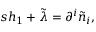
s h _ { 1 } + \tilde { \lambda } = \partial ^ { i } \tilde { n } _ { i } ,